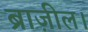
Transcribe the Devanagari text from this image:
ब्राज़ील।